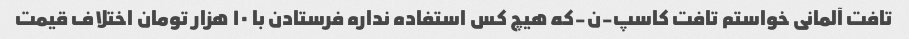
تافت آلمانی خواستم تافت کاسپ-ن-که هیچ کس استفاده نداره فرستادن با ۱۰ هزار تومان اختلاف قیمت